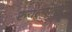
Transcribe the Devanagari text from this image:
रुचल्यामुळे